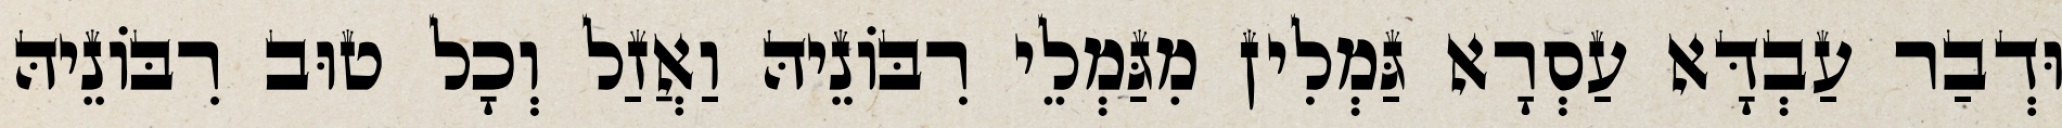
וּדְבַר עַבְדָּא עַסְרָא גַּמְלִין מִגַּמְלֵי רִבּוֹנֵיהּ וַאֲזַל וְכָל טוּב רִבּוֹנֵיהּ